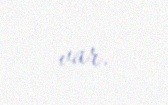
var.